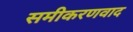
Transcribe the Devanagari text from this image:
समीकरणवाद